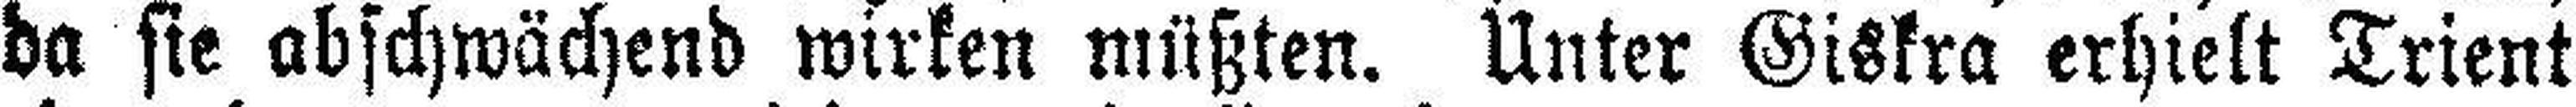
da sie abschwächend wirken müßten. Unter Giskra erhielt Trient